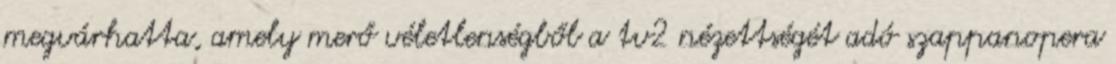
megvárhatta, amely merő véletlenségből a tv2 nézettségét adó szappanopera